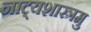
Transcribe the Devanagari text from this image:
नाट्यशास्त्रमु